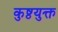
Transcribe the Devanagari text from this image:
कुष्ठयुक्त